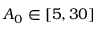
A _ { 0 } \in [ 5 , 3 0 ]